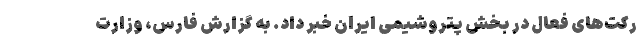
رکت‌های فعال در بخش پتروشیمی ایران خبر داد. به گزارش فارس، وزارت